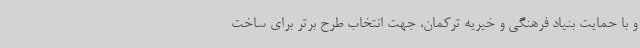
و با حمایت بنیاد فرهنگی و خیریه ترکمان، جهت انتخاب طرح برتر برای ساخت